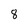
Character: 8